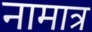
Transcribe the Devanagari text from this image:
नामात्र